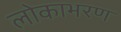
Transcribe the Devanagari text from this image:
लोकाभरण